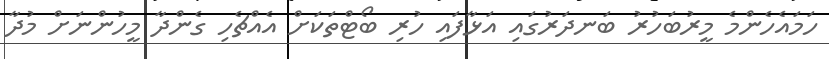
ހަމައެހެންމެ މީރުބަހުރު ބަނދަރުުގައި އަޅާފައި ހުރި ބޯޓްތަކަށް އެއްޗެހި ގެންދާ މީހުންނަށް މުދާ